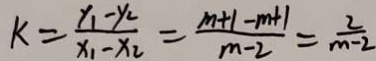
k = \frac { x _ { 1 } - y _ { 2 } } { x _ { 1 } - x _ { 2 } } = \frac { m + 1 - m + 1 } { m - 2 } = \frac { 2 } { m - 2 }